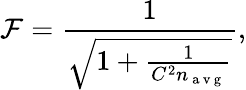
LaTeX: \mathcal{F}=\frac{1}{\sqrt{1+\frac{1}{C^{2}n_{\mathrm{~a~v~g~}}}}},